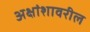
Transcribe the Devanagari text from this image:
अक्षांशावरील